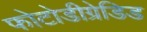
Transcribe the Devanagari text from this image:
फोटोडीग्रेडिड